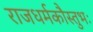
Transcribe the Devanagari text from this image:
राजधर्मकौस्तुभः